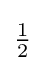
{\begin{matrix}{\frac {1}{2}}\end{matrix}}